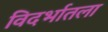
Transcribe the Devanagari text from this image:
विदर्भातला